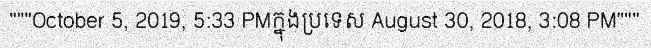
"""October 5, 2019, 5:33 PMក្នុងប្រទេស August 30, 2018, 3:08 PM"""